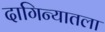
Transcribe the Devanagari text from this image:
दागिन्यातला